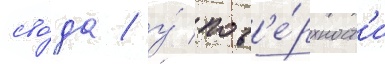
сво́да / у́ пов'е́рхност'и